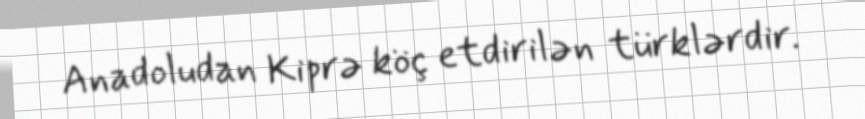
Anadoludan Kiprə köç etdirilən türklərdir.